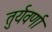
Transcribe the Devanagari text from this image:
तुर्यवर्णा